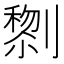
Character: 𭄔